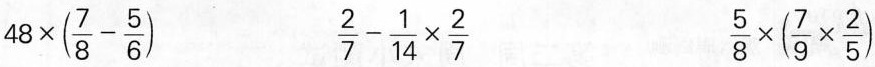
$$4 8 \times ( \frac { 7 } { 8 } - \frac { 5 } { 6 } )$$ $$\frac { 2 } { 7 } - \frac { 1 } { 1 4 } \times \frac { 2 } { 7 }$$ $$\frac { 5 } { 8 } \times ( \frac { 7 } { 9 } \times \frac { 2 } { 5 } )$$